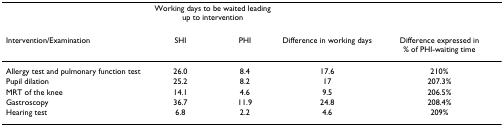
|  | <COLSPAN=2> Working days to be waited leading up to intervention |  |  |
 | --- | --- | --- | --- | --- |
 | Intervention/Examination | SHI | PHI | Difference in working days | Difference expressed in % of PHI-waiting time |
 | Allergy test and pulmonary function test | 26.0 | 8.4 | 17.6 | 210% |
 | Pupil dilation | 25.2 | 8.2 | 17 | 207.3% |
 | MRT of the knee | 14.1 | 4.6 | 9.5 | 206.5% |
 | Gastroscopy | 36.7 | 11.9 | 24.8 | 208.4% |
 | Hearing test | 6.8 | 2.2 | 4.6 | 209% |